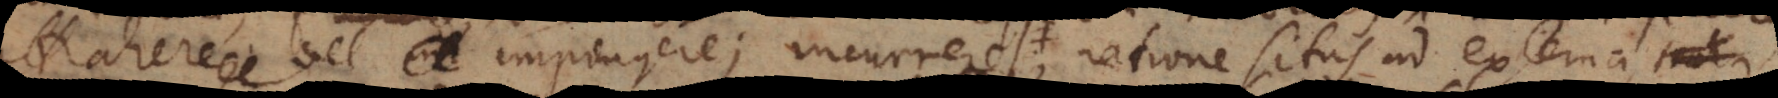
attrahere vel impingere; incurrere, ratione situs ad externa,